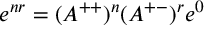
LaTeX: e ^ { n r } = ( A ^ { + + } ) ^ { n } ( A ^ { + - } ) ^ { r } e ^ { 0 }